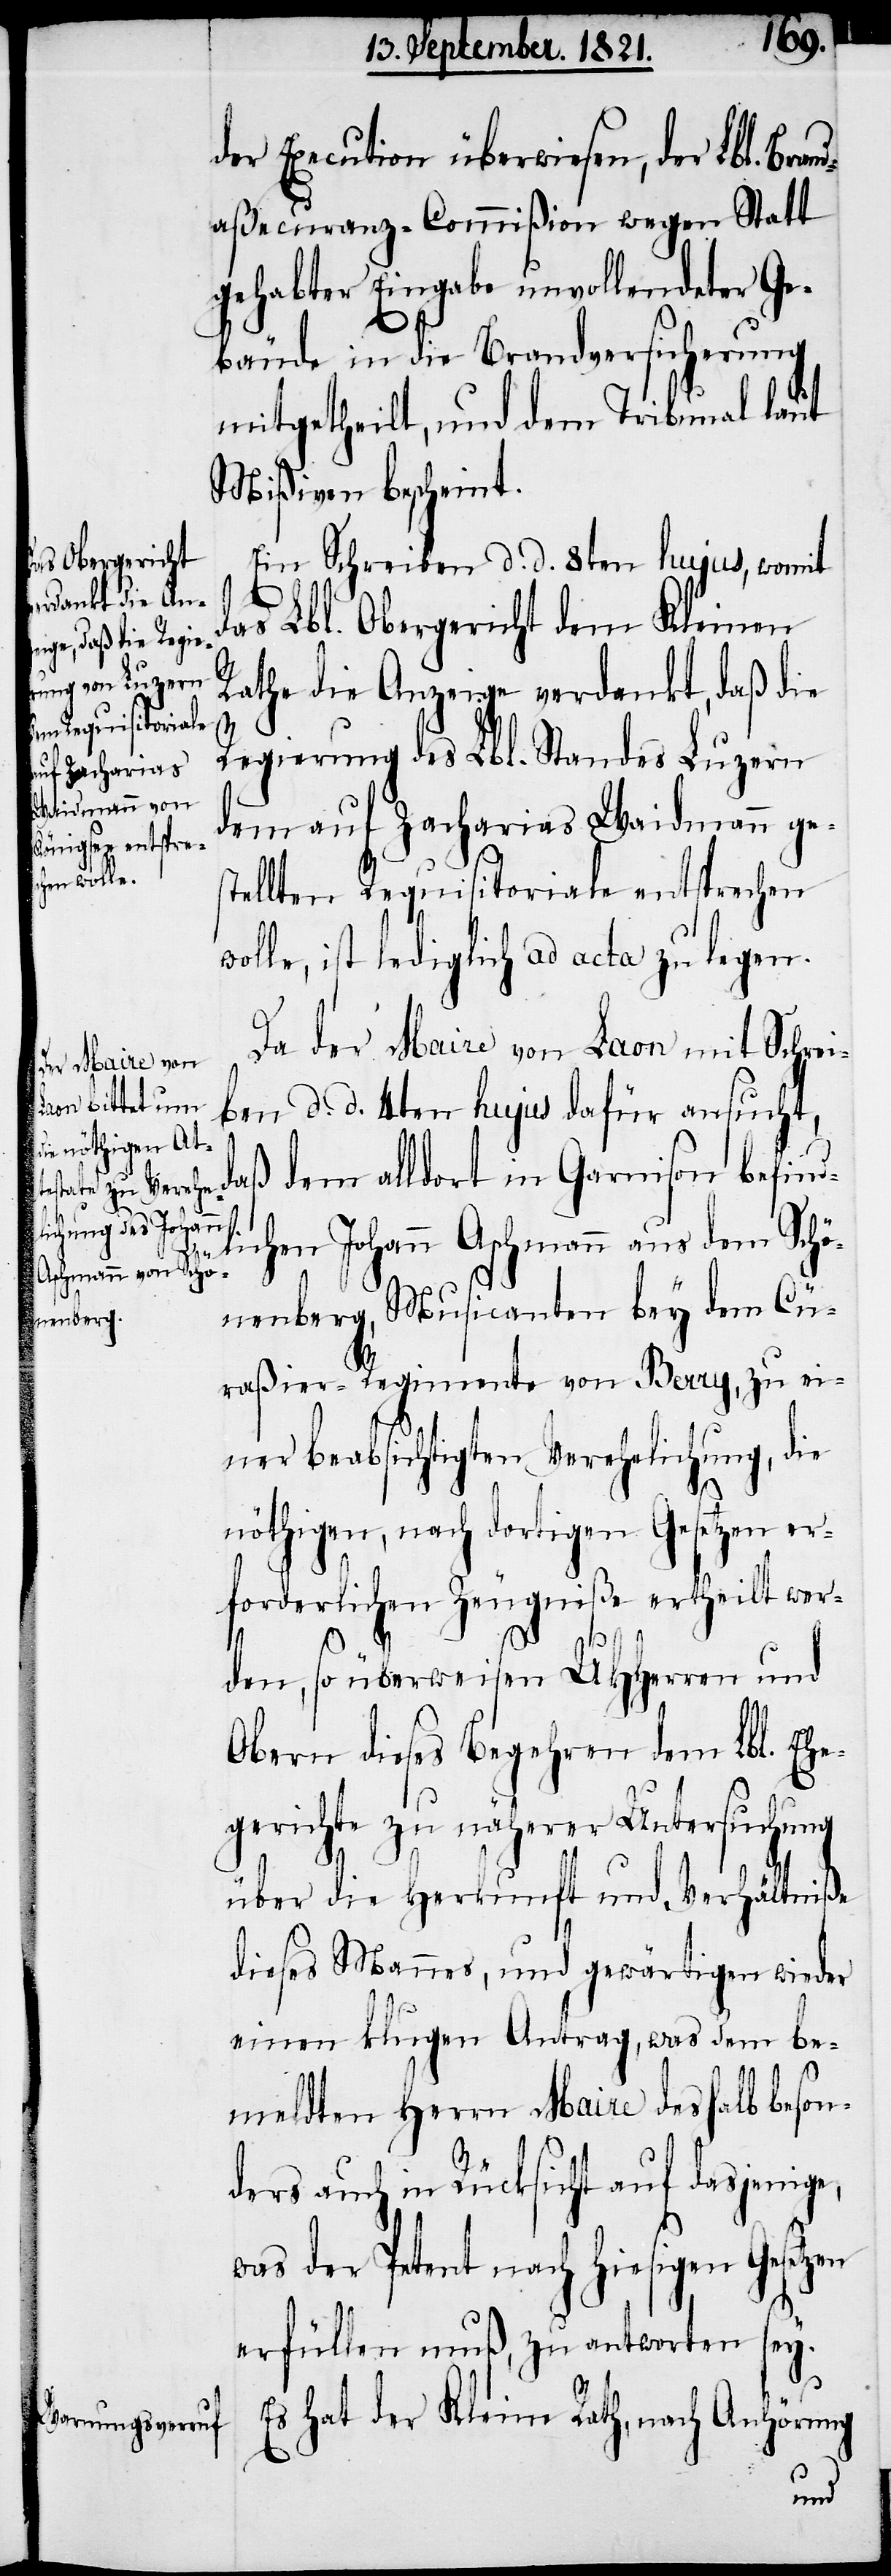
der Execution überwiesen, der Lbl. Br¬
aßecuranz-Commißion wegen Statt
gehabter Eingabe unvollendeter Ge¬
bäude in die Brandversicherung
mitgetheilt, und dem Tribunal laut
Mißiven bescheint.
Ein Schreiben d. d. 8ten hujus, womit
das Lbl. Obergericht dem Kleinen
Rathe die Anzeige verdankt, daß die
Regierung des Lbl. Standes Luzern
dem auf Zacharias Waidmann ge¬
stellten Requisitoriale entsprechen
wolle, ist lediglich ad acta zu legen.
Da der Maire von Laon mit Schrei¬
ben d. d. 4ten hujus dafür ansuch¬
t, daß dem alldort in Garnison befin¬
dlichen Johann Aschmann aus dem Schö¬
nenberg, Musicanten bey dem Cu¬
raßier-Regimente von Berry, zu ei¬
ner beabsichtigten Verehelichung, die
nöthigen, nach dortigen Gesetzen er¬
forderlichen Zeugniße ertheilt wer¬
beson¬
den, so überweisen UHHerren und
Obern dieses Begehren dem Lbl. Ehe¬
gerichte zu näherer Untersuchung
über die Herkunft und Verhältniße
dieses Mannes, und gewärtigen wieder
einen klugen Antrag, was dem be¬
meldten Herrn Maire deshalben
ders auch in Rücksicht auf dasjenige,
was der Petent nach hiesigen Gesetzen
erfüllen muß, zu antworten sey.
Es hat der Kleine Rath, nach Anhörung
and¬